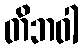
တိဘဝါ